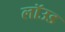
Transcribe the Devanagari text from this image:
लॉउड